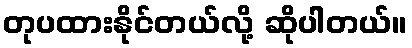
တုပထားနိုင်တယ်လို့ ဆိုပါတယ်။